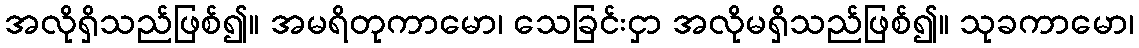
အလိုရှိသည်ဖြစ်၍။ အမရိတုကာမော၊ သေခြင်းငှာ အလိုမရှိသည်ဖြစ်၍။ သုခကာမော၊